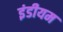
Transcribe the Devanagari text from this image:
इंडीयम